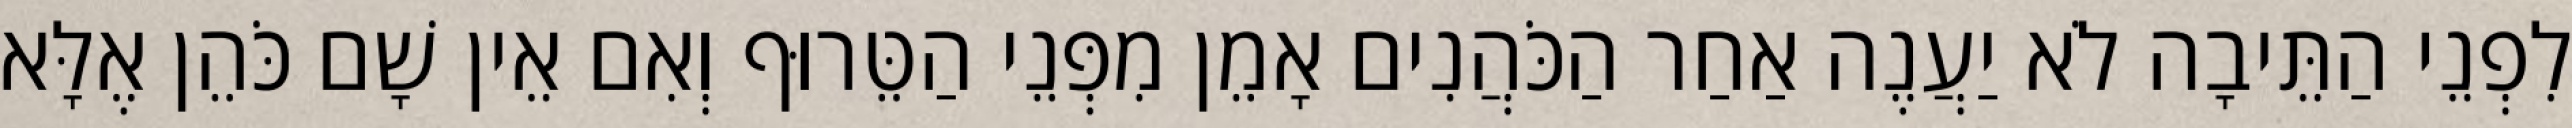
לִפְנֵי הַתֵּיבָה לֹא יַעֲנֶה אַחַר הַכֹּהֲנִים אָמֵן מִפְּנֵי הַטֵּרוּף וְאִם אֵין שָׁם כֹּהֵן אֶלָּא